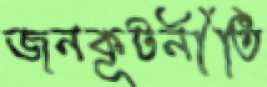
জনকূটনীতি